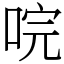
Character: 唍